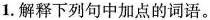
1.解释下列句中加点的词语。